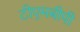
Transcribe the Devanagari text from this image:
टीएमबीपी